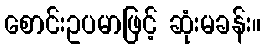
စောင်းဥပမာဖြင့် ဆုံးမခန်း။